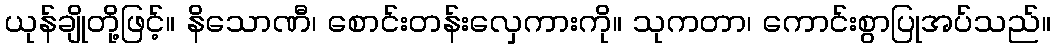
ယုန်ချိုတို့ဖြင့်။ နိသောဏီ၊ စောင်းတန်းလှေကားကို။ သုကတာ၊ ကောင်းစွာပြုအပ်သည်။